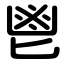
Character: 鬯